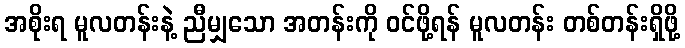
အစိုးရ မူလတန်းနဲ့ ညီမျှသော အတန်းကို ဝင်ဖို့ရန် မူလတန်း တစ်တန်းရှိဖို့